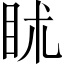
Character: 𥄵